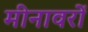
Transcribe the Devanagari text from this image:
मीनावरों